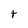
Character: t